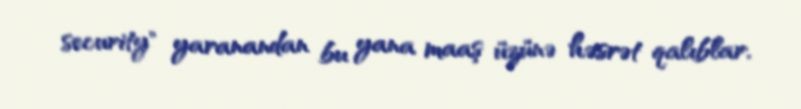
security" yaranandan bu yana maaş üzünə həsrət qalıblar.